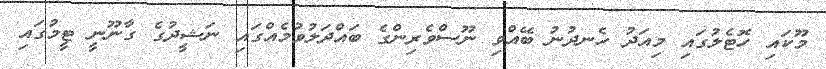
މޫކައި ހޮޓެލުގައި މިއަދު ހެނދުނު ބޭއްވި ނޫސްވެރިންގެ ބައްދަލުވުމެއްގައި ނަޝީދުގެ ގާނޫނީ ޓީމުގައި